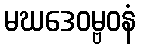
မဃဒေဝမ္ဗဝနံ